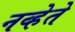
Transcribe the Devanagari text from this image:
नव्हेते